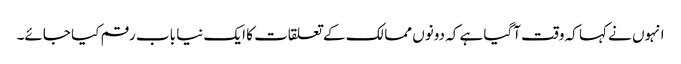
انہوں نے کہا کہ وقت آگیا ہے کہ دونوں ممالک کے تعلقات کا ایک نیا باب رقم کیا جائے۔